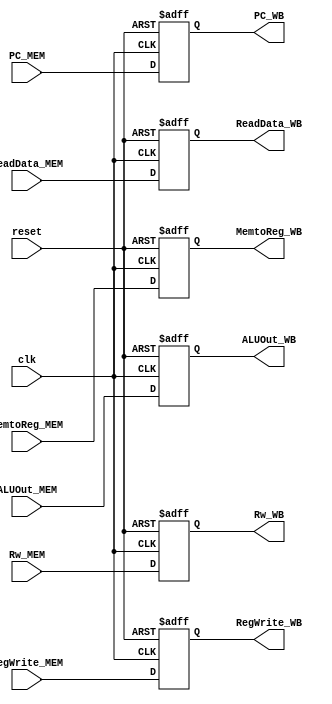
module MEM_WB(
    input wire clk,
    input wire reset,

    input wire RegWrite_MEM,
    input wire [1:0] MemtoReg_MEM,
    input wire [4:0] Rw_MEM,
    input wire [31:0] ReadData_MEM,
    input wire [31:0] ALUOut_MEM,
    input wire [31:0] PC_MEM,

    output reg RegWrite_WB,
    output reg [1:0] MemtoReg_WB,
    output reg [4:0] Rw_WB,
    output reg [31:0] ReadData_WB,
    output reg [31:0] ALUOut_WB,
    output reg [31:0] PC_WB
); // 2+6+6
initial begin
    RegWrite_WB <= 0;
    MemtoReg_WB <= 0;
    Rw_WB <= 0;
    ReadData_WB <= 0;
    ALUOut_WB <= 0;
    PC_WB <= 0;
end

always @(posedge clk or posedge reset) begin
    if(reset) begin
        RegWrite_WB <= 0;
        MemtoReg_WB <= 0;
        Rw_WB <= 0;
        ReadData_WB <= 0;
        ALUOut_WB <= 0;
        PC_WB <= 0;
    end
    else begin
        RegWrite_WB <= RegWrite_MEM;
        MemtoReg_WB <= MemtoReg_MEM;
        Rw_WB <= Rw_MEM;
        ReadData_WB <= ReadData_MEM;
        ALUOut_WB <= ALUOut_MEM;
        PC_WB <= PC_MEM;
    end
end

endmodule